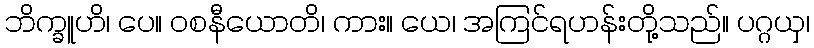
ဘိက္ခူဟိ၊ ပေ။ ဝစနီယောတိ၊ ကား။ ယေ၊ အကြင်ရဟန်းတို့သည်။ ပဂ္ဂယှ၊